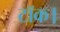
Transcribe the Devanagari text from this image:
टॉक।